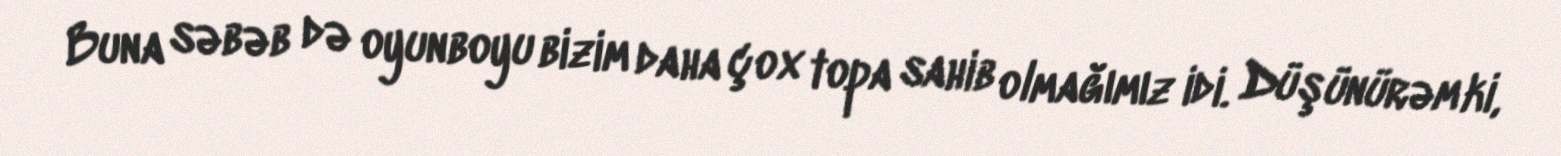
Buna səbəb də oyunboyu bizim daha çox topa sahib olmağımız idi. Düşünürəm ki,